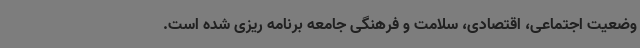
وضعیت اجتماعی، اقتصادی، سلامت و فرهنگی جامعه برنامه ریزی شده است.